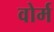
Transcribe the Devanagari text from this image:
वोर्म